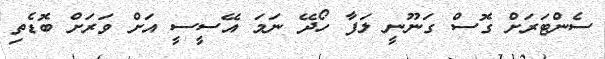
ސެންޓަރަށް ގޮސް ގަނޫނީ ލަފާ ހޯދޭ ނަމަ އޭސީސީ އަށް ވަރަށް ބޮޑެތި